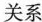
关系